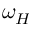
\omega _ { H }